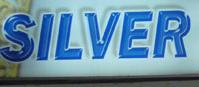
silver